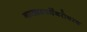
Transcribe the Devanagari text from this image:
नाट्यस्पर्धेबरोबरच